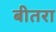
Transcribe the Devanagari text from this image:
बीतरा